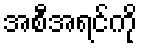
အစီအရင်ကို